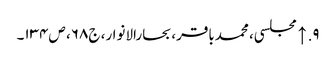
۹. ↑ مجلسی، محمدباقر، بحارالانوار، ج۶۸، ص۱۳۴۔